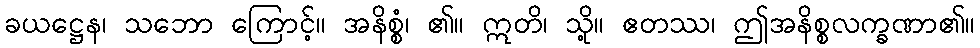
ခယဋ္ဌေန၊ သဘော ကြောင့်။ အနိစ္စံ၊ ၏။ ဣတိ၊ သို့။ ဧတဿ၊ ဤအနိစ္စလက္ခဏာ၏။